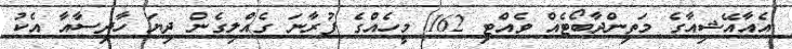
އެއާއޭޝިއާގެ މަތިންދާބޯޓެއް ވެއްޓި 162 މީހެއްގެ ފުރާނަ ގެއްލިގެން ދިޔަ ހާދިސާއާ އެކު